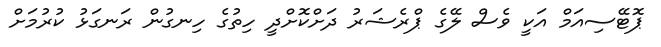
ޕޮޓޭސިއަމް އަކީ ވެސް ލޭގެ ޕްރެޝަރު ދަށްކޮށްދީ ހިތުގެ ހިނގުން ރަނގަޅު ކުރުމަށް